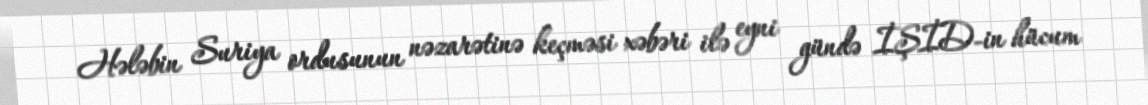
Hələbin Suriya ordusunun nəzarətinə keçməsi xəbəri ilə eyni gündə İŞİD-in hücum